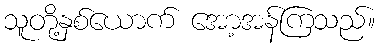
သူတို့နှစ်ယောက် အော့အန်ကြသည်။